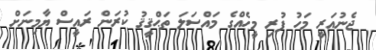
ޖެނުއަރީ މަހު ފުރި މީހެއްގެ މައްސަލަ ތަޙްޤީޤު ކުރަން ރައީސް ޔާމިނަށް